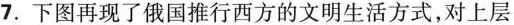
7.下图再现了俄国推行西方的文明生活方式，对上层